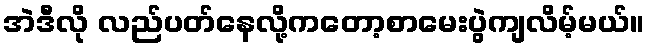
အဲဒီလို လည်ပတ်နေလို့ကတော့စာမေးပွဲကျလိမ့်မယ်။